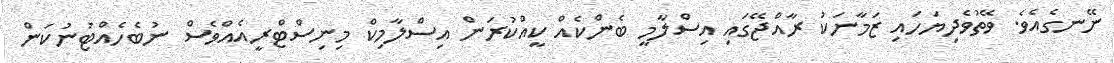
ނޭނގެއެވެ. ވޭތުވެދިޔަހައި ޒަމާނަކު ރާއްޖޭގައި އިސްލާމީ ބެންކެއް ކީއްކުރަން އިސްލާމިކް މިނިސްޓްރީއެއްވެސް ނުބެހެއްޓުނުކަން